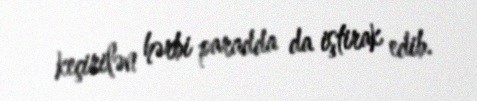
keçirilən hərbi paradda da iştirak edib.